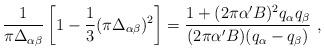
LaTeX: \begin{align*}{1\over \pi\Delta_{\alpha\beta}} \left[1-{1\over 3} (\pi\Delta_{\alpha\beta})^2\right]={{1+(2\pi\alpha^\prime B)^2 q_\alpha q_\beta}\over (2\pi\alpha^\prime B) (q_\alpha-q_\beta)}~,\end{align*}